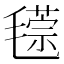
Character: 𣰁